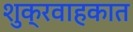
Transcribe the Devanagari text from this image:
शुक्रवाहकात